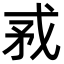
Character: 𢦵